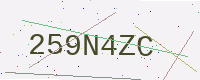
Text: 259N4ZC